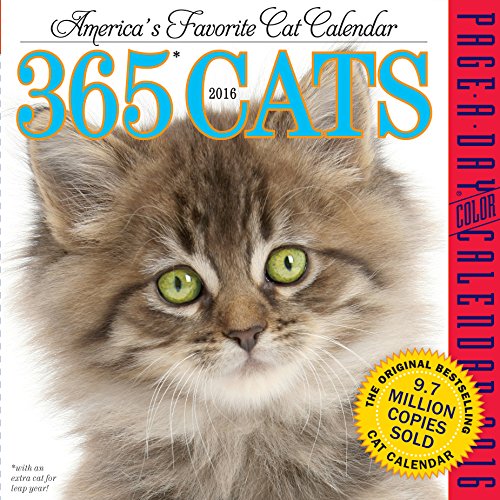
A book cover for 365 Cats Color Page-A-Day Calendar 2016; Workman Publishing; Calendars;